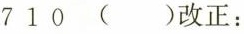
7 1 0 （）改正：